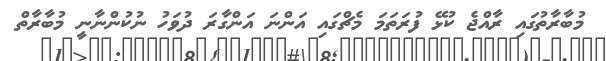
މުބާރާތުގައި ރާއްޖެ ކުޅޭ ފުރަތަމަ މެޗްގައި އަންނަ އަންގާރަ ދުވަހު ނުކުންނާނީ މުބާރާތް